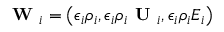
\textbf { W } _ { i } = \left( \epsilon _ { i } \rho _ { i } , \epsilon _ { i } \rho _ { i } \textbf { U } _ { i } , \epsilon _ { i } \rho _ { i } E _ { i } \right)